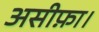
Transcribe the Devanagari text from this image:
असीफ़ा।